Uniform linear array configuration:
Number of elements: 24
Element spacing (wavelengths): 0.75
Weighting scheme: uniform
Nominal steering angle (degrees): -30
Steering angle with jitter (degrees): -28.011
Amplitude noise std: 0.05
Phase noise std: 0.05

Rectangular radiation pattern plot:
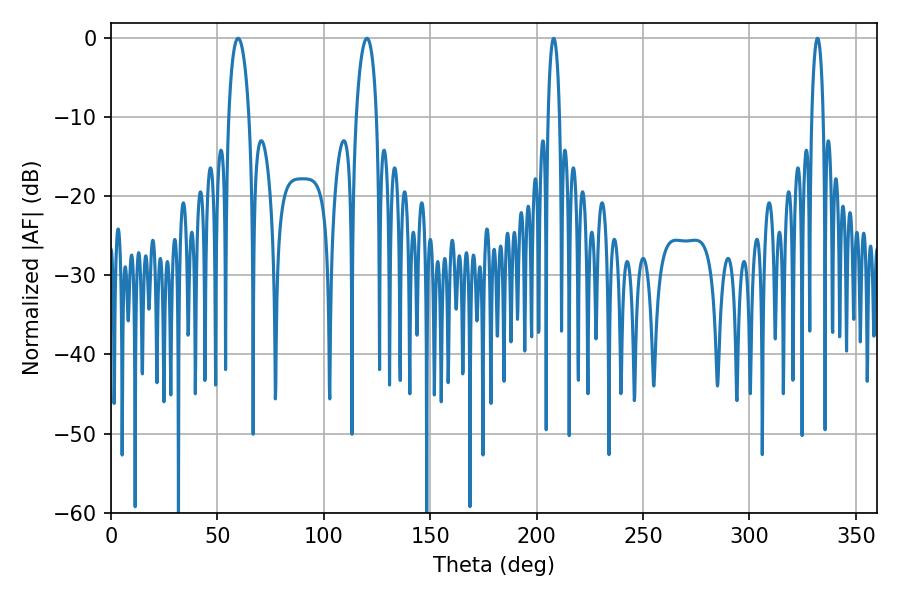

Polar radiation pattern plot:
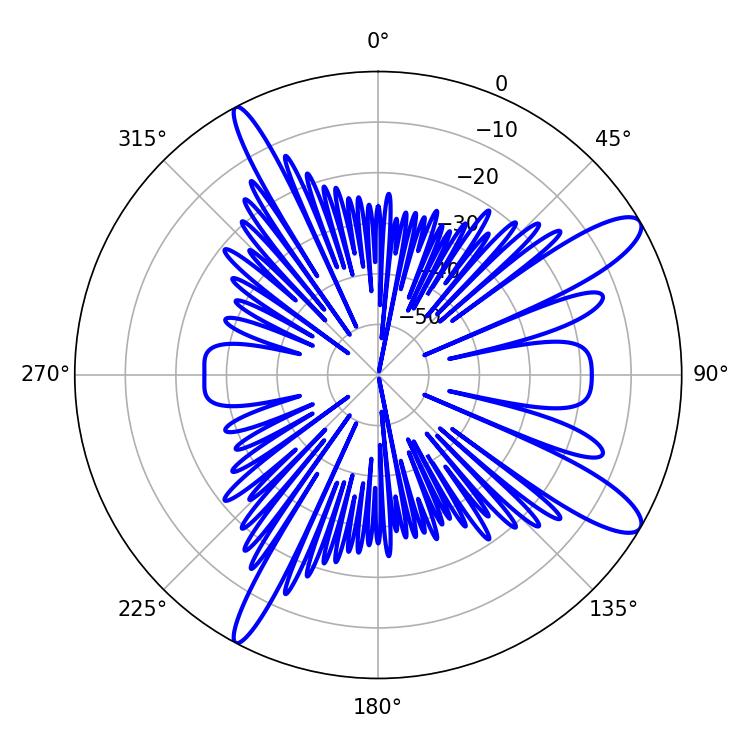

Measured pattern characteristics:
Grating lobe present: TRUE
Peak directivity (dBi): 11.816
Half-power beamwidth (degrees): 5.58
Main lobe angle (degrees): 59.76